Kambja_algkool, lk 107
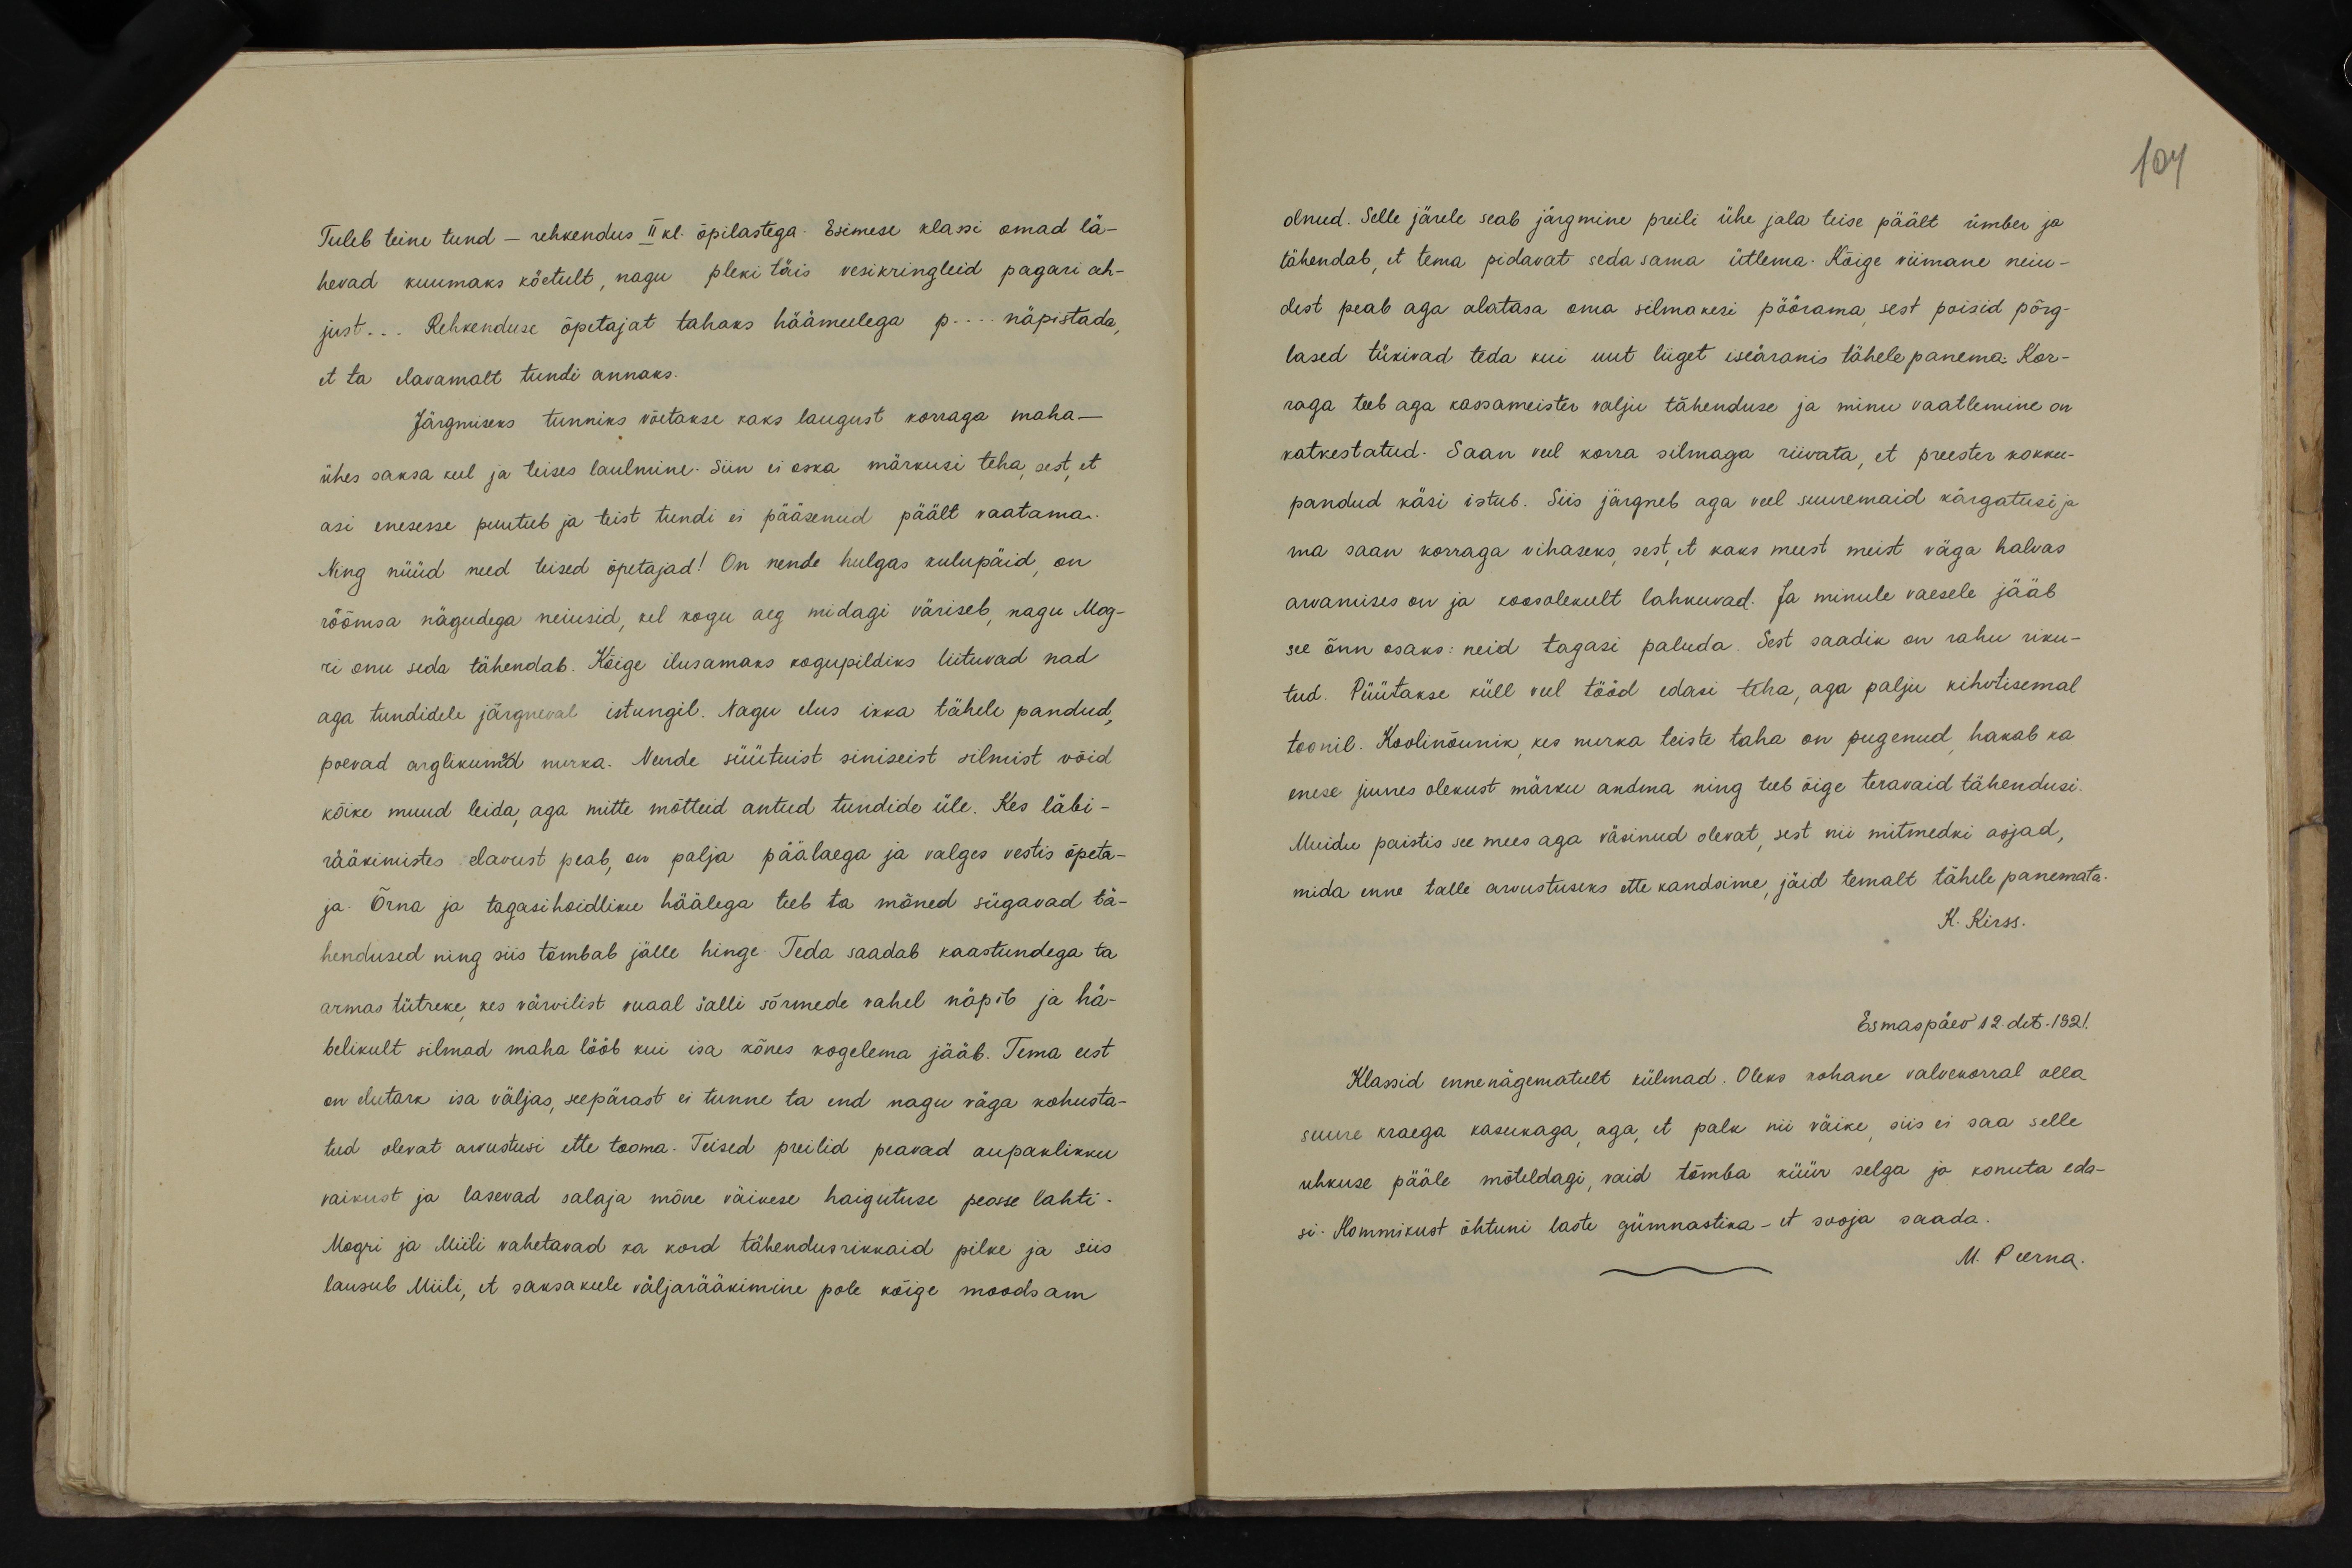
104

Tuleb teine tund - rehkendus II kl. õpilastega. Esimese klassi omad lä-
hevad kuumaks kõetult, nagu pleki täis vesikringleid pagari ah-
just... Rehkenduse õpetajat tahaks häämeelega p... näpistada,
et ta elavamalt tundi annaks.
Järgmiseks tunniks võetakse kaks laugust korraga maha-
ühes saksa keel ja teises laulmine. Siin ei oska märkusi teha, sest et
asi enesesse puutub ja teist tundi ei pääsenud päält vaatama.
Ning nüüd need teised õpetajad! On nende hulgas kulupäid, on
rõõmsa nägudega neiusid, kel kogu aeg midagi väriseb, nagu Mog-
ri onu seda tähendab. Kõige ilusamaks kogupildiks liituvad nad
aga tundidele järgneval istungil. Nagu elus ikka tähele pandud,
poevad arglikumad nurka. Nende süütust siniseist silmist võid
kõike muud leida, aga mitte mõtteid antud tundide üle. Kes läbi-
rääkimistes elavust peab, on palja päälaega ja valges vestis õpeta-
ja. Õrna ja tagasihoidlike häälega teeb ta mõned sügavad tä-
hendused ning siis tõmbab jälle hinge. Teda saadab kaastundega ta
armas tütreke, kes värvilist ruaal šalli sõrmede vahel näpib ja hä-
belikult silmad maha lööb kui isa kõnes kogelema jääb. Tema eest
on elutark isa väljas, seepärast ei tunne ta end nagu väga kohusta-
tud olevat arvustusi ette tooma. Teised preilid peavad aupaklikku
vaikust ja lasevad salaja mõne väikese haigutuse peasse lahti-
Mogri ja Miili vahetavad ka kord tähendusrikkaid pilke ja siis
lausub Miili, et saksa keele väljarääkimine pole kõige moodsam

olnud. Selle järele seab järgmine preili ühe jala teise päält ümber ja
tähendab, et tema pidavat sedasama ütlema. Kõige viimane neiu-
dest peab aga alatasa oma silmakeri pöörama, sest poisid põrg-
lased tükivad teda kui uut liiget iseäranis tähele panema. Kor-
raga teeb aga kassameister valju tähenduse ja minu vaatlemine on
katkestatud. Saan veel korra silmaga riivata, et preester kokku-
pandud käsi istub. Siis järgneb aga veel suuremaid kärgatusi ja
ma saan korraga vihaseks, sest, et kaks meest meist väga halvas
arvamises on ja koosolekult lahkuvad. Ja minule vaesele jääb
see õnn osaks: neid tagasi paluda. Sest saadik on rahu riku-
tud. Püütakse küll veel tööd edasi teha, aga palju kihvtisemal
toonil. Koolinõunik, kes nurka teiste taha on pugenud, hakab ka
enese juures olekust märku andma ning teeb õige teravaid tähendusi.
Muidu paistis see mees aga väsinud olevat, sest nii mitmedki asjad,
mida enne talle arvustuseks ette kandsime, jäid temalt tähele panemata.
K. Kirss.
Esmaspäev 12. det. 1921.
Klassid ennenägematult külmad. Oleks kohane valvekorral olla
suure kraega kasukaga, aga, et palk nii väike, siis ei saa selle
uhkuse pääle mõteldagi, vaid tõmba küür selga ja konuta eda-
si. Hommikust õhtuni laste gümnastika - et sooja saada.
M. Peerna.